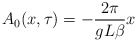
\begin{align*}A_0(x,\tau) = -\frac{2\pi}{gL\beta}x\end{align*}